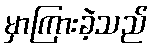
မှာကြားခဲ့သည်